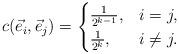
LaTeX: \begin{align*} c(\vec{e}_i,\vec{e}_j)=\begin{cases} \frac{1}{2^{k-1}}, & i=j,\\ \frac{1}{2^k}, & i\neq j. \end{cases} \end{align*}